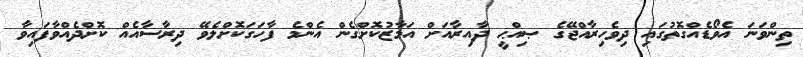
ތިންވަނަ އެވޯޑެއްގޮތުގައި ދިވެހިރާއްޖޭގެ ޞިއްޙީ ދާއިރާއަށް އަމާޒުކޮށްގެން އެންމެ ފާހަގަކޮށްލެވޭ ދިރާސާއެއް ކޮށްދެއްވާފައިވާ